Civil Veterinary Dept. North-West Frontier Province 1901-22 - 1901-1922
Year: 1901
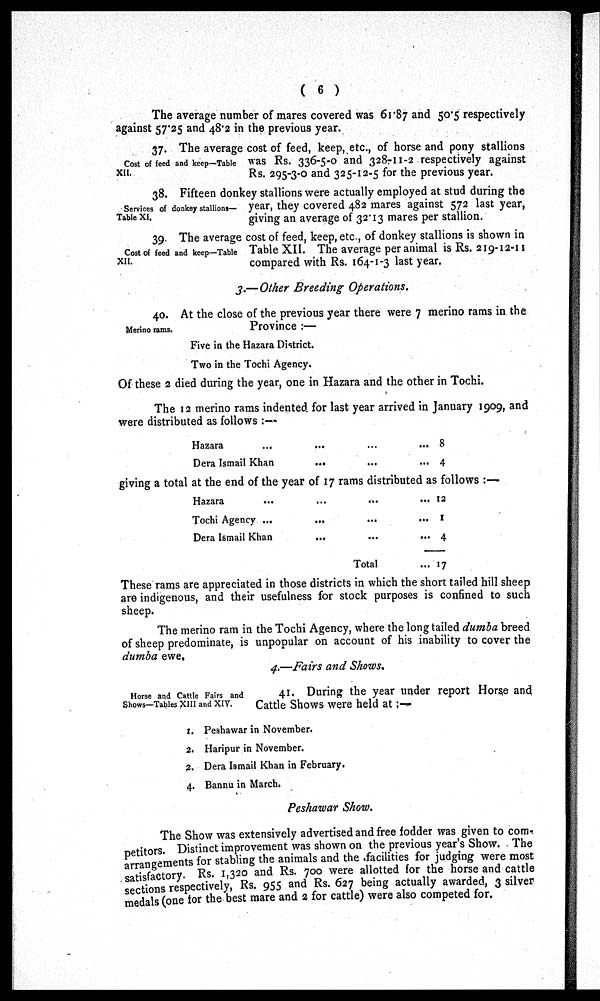
( 6 )
The average number of mares covered was 61.87 and 50.5 respectively
against 57.25 and 48.2 in the previous year.
Cost of feed and keep—Table
XII.
37. The average cost of feed, keep, etc., of horse and pony stallions
was Rs. 336-5-0 and 328-11-2 respectively against
Rs. 295-3-0 and 325-12-5 for the previous year.
Services of donkey stallions—
Table XI.
38. Fifteen donkey stallions were actually employed at stud during the
year, they covered 482 mares against 572 last year,
giving an average of 32.13 mares per stallion.
Cost of feed and keep—Table
XII.
39. The average cost of feed, keep, etc., of donkey stallions is shown in
Table XII. The average per animal is Rs. 219-12-11
compared with Rs. 164-1-3 last year.
3.—Other Breeding Operations.
Merino rams.
40. At the close of the previous year there were 7 merino rams in the
Province :—
Five in the Hazara District.
Two in the Tochi Agency.
Of these 2 died during the year, one in Hazara and the other in Tochi.
The 12 merino rams indented for last year arrived in January 1909, and
were distributed as follows :—
Hazara ... ... ... ...
Dera Ismail Khan ... ... ...
8
4
giving a total at the end of the year of 17 rams distributed as follows :—
Hazara ... ... ... ...
Tochi Agency ... ... ... ...
Dera Ismail Khan ... ... ...
Total
12
1
4
17
These rams are appreciated in those districts in which the short tailed hill sheep
are indigenous, and their usefulness for stock purposes is confined to such
sheep.
The merino ram in the Tochi Agency, where the long tailed dumba breed
of sheep predominate, is unpopular on account of his inability to cover the
dumba ewe.
4.—Fairs and Shows.
Horse and Cattle Fairs and
Shows—Tables XIII and XIV.
41. During the year under report Horse and
Cattle Shows were held at:—
1. Peshawar in November.
2. Haripur in November.
2. Dera Ismail Khan in February.
4. Bannu in March.
Peshawar Show.
The Show was extensively advertised and free fodder was given to com-
petitors. Distinct improvement was shown on the previous year's Show. The
arrangements for stabling the animals and the facilities for judging were most
satisfactory. Rs. 1,320 and Rs. 700 were allotted for the horse and cattle
sections respectively, Rs. 955 and Rs. 627 being actually awarded, 3 silver
medals (one for the best mare and 2 for cattle) were also competed for.